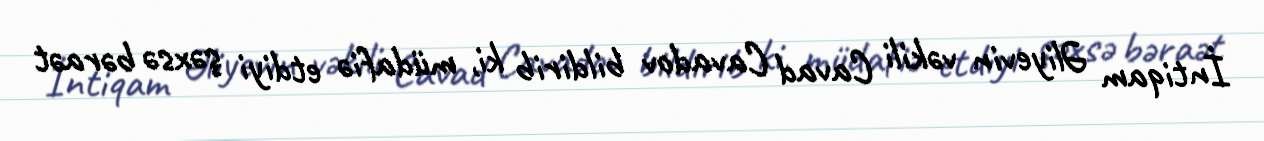
İntiqam Əliyevin vəkili Cavad Cavadov bildirib ki, müdafiə etdiyi şəxsə bəraət